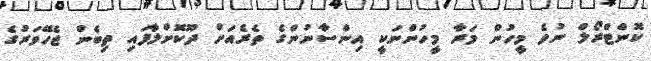
ކޮންޓްރޯލް ނުވެ މީހުން މަރާ މީހުންނަކީ އިންސާނުންގެ ތެރެއަށް ދޫކޮށްލާފައި ތިބެން ޖެހޭވަރުގެ